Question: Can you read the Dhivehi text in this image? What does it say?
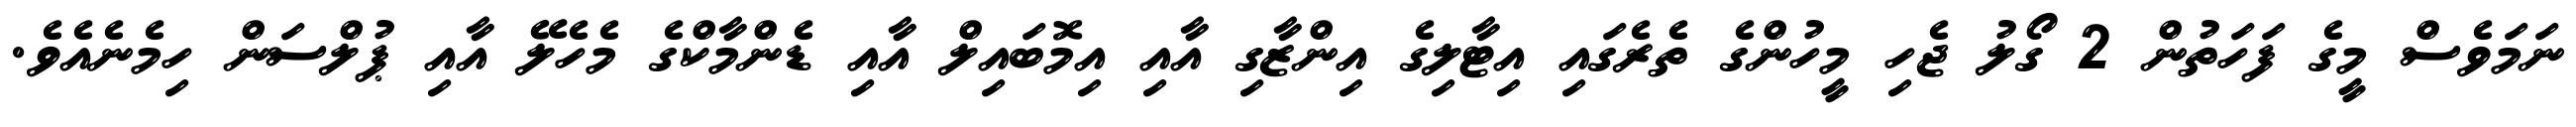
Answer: ނަމަވެސް މީގެ ފަހަތުން 2 ގޯލު ޖެހި މީހުންގެ ތެރެގައި އިޓާލިގެ އިންޒާގި އާއި އިމޮބައިލް އާއި ޑެންމާކްގެ މެހެލޭ އާއި ޕުލްސަން ހިމެނެއެވެ.